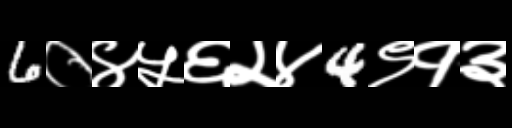
Text: 6०४५६२४4९१३